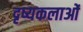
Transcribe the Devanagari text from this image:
दृष्यकलाओं